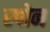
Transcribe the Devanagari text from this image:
स्पोन